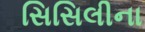
સિસિલીના